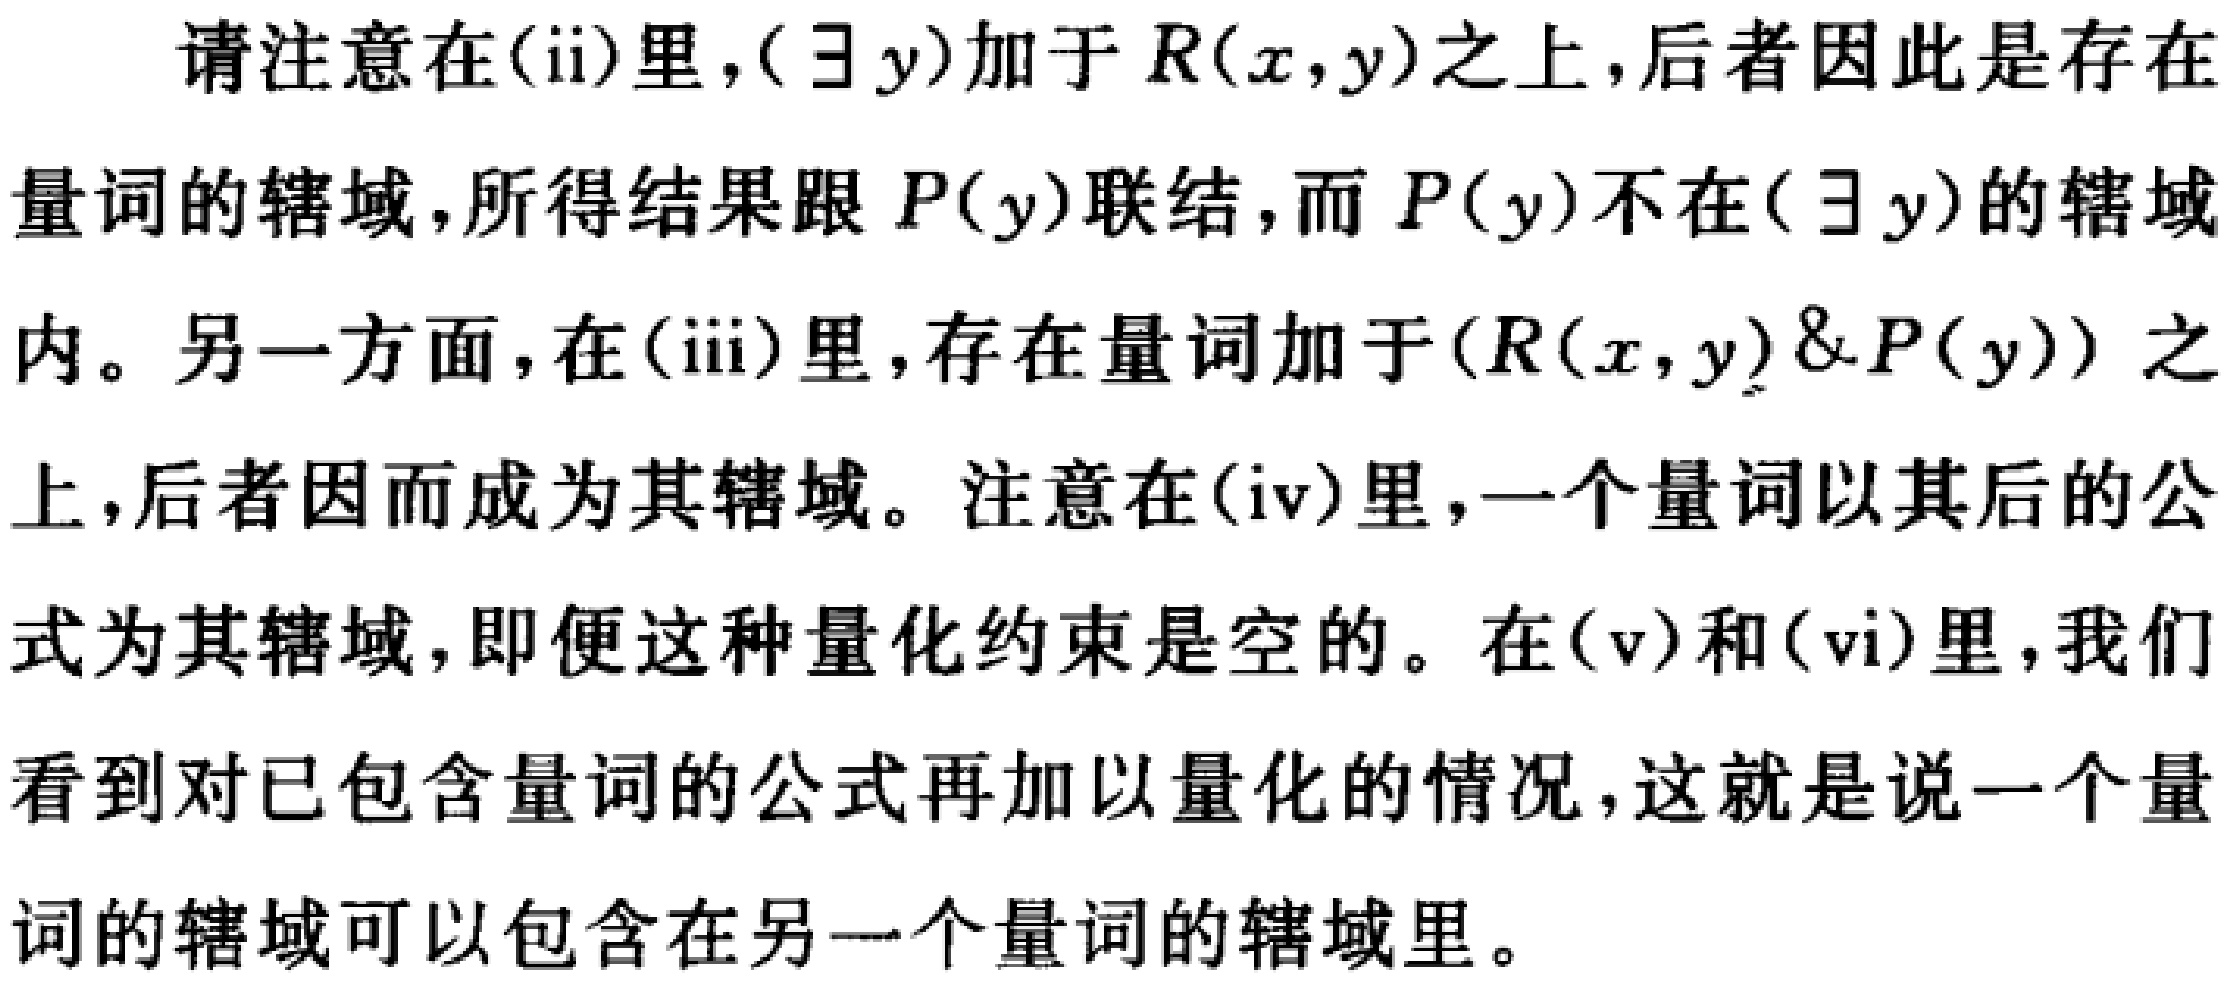
请注意在(ii)里，$(\exists y)$加于$R(x,y)$之上，后者因此是存在量词的辖域，所得结果跟$P(y)$联结，而$P(y)$不在$(\exists y)$的辖域内。另一方面，在(iii)里，存在量词加于$(R(x,y)\&P(y))$之上，后者因而成为其辖域。注意在(iv)里，一个量词以其后的公式为其辖域，即便这种量化约束是空的。在(v)和(vi)里，我们看到对已包含量词的公式再加以量化的情况，这就是说一个量词的辖域可以包含在另一个量词的辖域里。